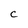
Character: C